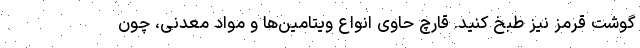
گوشت قرمز نیز طبخ کنید. قارچ حاوی انواع ویتامین‌ها و مواد معدنی، چون